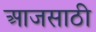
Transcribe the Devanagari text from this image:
आजसाठी